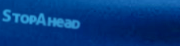
StopAhead